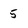
Character: 5